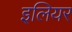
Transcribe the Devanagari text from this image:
इलियर